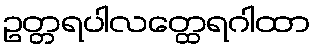
ဥတ္တရပါလတ္ထေရဂါထာ